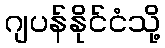
ဂျပန်နိုင်ငံသို့